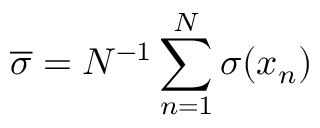
\overline { \sigma } = N ^ { - 1 } \sum _ { n = 1 } ^ { N } \sigma ( x _ { n } )